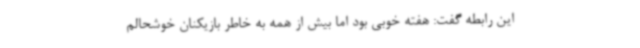
این رابطه گفت: هفته خوبی بود اما بیش از همه به خاطر بازیکنان خوشحالم